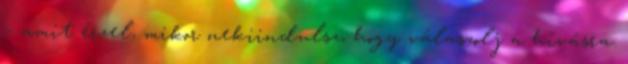
– amit érzel, mikor nekiindulsz, hogy válaszolj a hívásra.